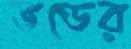
ভণ্ডের